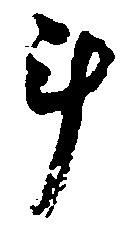
斗